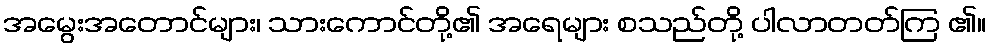
အမွေးအတောင်များ၊ သားကောင်တို့၏ အရေများ စသည်တို့ ပါလာတတ်ကြ ၏။